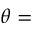
\theta =